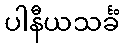
ပါနီယသင်္ခံ